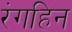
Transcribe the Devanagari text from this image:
रंगहिन